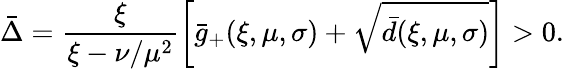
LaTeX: \bar{\Delta}=\frac{\xi}{\xi-\nu/\mu^{2}}\left[\bar{g}_{+}(\xi,\mu,\sigma)+\sqrt{\bar{d}(\xi,\mu,\sigma)}\right]>0.